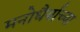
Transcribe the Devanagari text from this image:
मनोधैर्याच्या